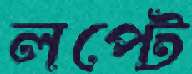
লপ্‌টে